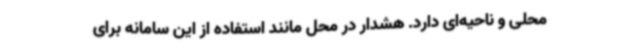
محلی و ناحیه‌ای دارد. هشدار در محل مانند استفاده از این سامانه برای